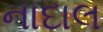
નાદાલ